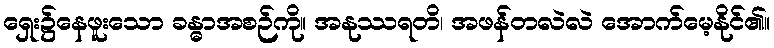
ရှေး၌နေဖူးသော ခန္ဓာအစဉ်ကို။ အနုဿရတိ၊ အဖန်တလဲလဲ အောက်မေ့နိုင်၏။